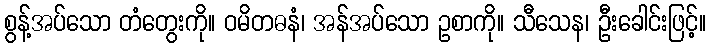
စွန့်အပ်သော တံတွေးကို။ ဝမိတဓနံ၊ အန်အပ်သော ဥစာကို။ သီသေန၊ ဦးခေါင်းဖြင့်။